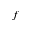
f